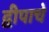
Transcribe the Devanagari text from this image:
द्वीपाचे